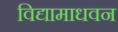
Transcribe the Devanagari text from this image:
विद्यामाधवन